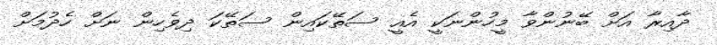
ދާއިރާ އަށް ބޭނުންވާ މީހުންނަކީ އެއީ ސަތޭކައިން ސަތޭކަ ދިވެހިން ނަށް ހެދުމަށް